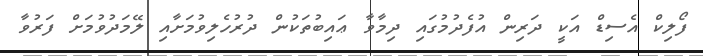
ފޯލިކް އެސިޑް އަކީ ދަރިން އުފެދުމުގައި ދިމާވާ ޢައިބުތަކުން ދުރުހެލިވުމަށާއި ލޭމަދުވުމަށް ފަރުވާ